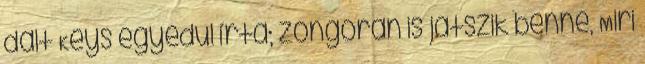
dalt Keys egyedül írta; zongorán is játszik benne, Miri